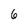
Character: 6